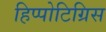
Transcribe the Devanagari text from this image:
हिप्पोटिग्रिस